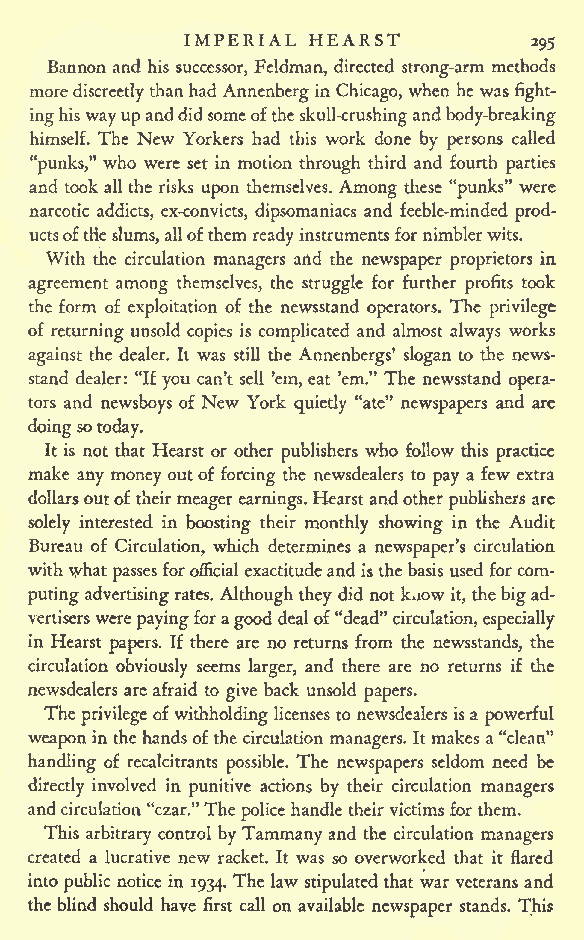
IMPERIAL HEARST
 295
 Bannon and his successor, Feldman, directed strong-arm methods
 more discreetlythanhad Annenbergin Chicago, when he was fight-
 inghiswayupanddidsomeoftheskull-crushingand
 body-breaking
 himself. The New Yorkers had this work done by persons called
 "punks," who were set in motion through third and fourth parties
 and took all the risks upon themselves. Among these "punks" were
 narcotic addicts, ex-convicts, dipsomaniacs and feeble-minded prod-
 uctsoftrieslums,allofthem readyinstrumentsfornimblerwits.
 With the circulation managers and the newspaper proprietors in
 agreement among themselves, the struggle for further profits took
 the form of exploitation of the newsstand operators. The privilege
 of returning unsold copies is complicated and almost always works
 against the dealer. It was still the Annenbergs' slogan to the news-
 stand dealer: "If you can't sell 'em, eat 'em." The newsstand opera-
 tors and newsboys of New York quietly "ate" newspapers and arc
 doingsotoday.
 It is not that Hearst or other publishers who follow this practice
 make any money outof forcing the newsdealers to pay a few extra
 dollarsoutoftheirmeagerearnings.Hearstandotherpublishers are
 solely interested in boosting their monthly showing in the Audit
 Bureau of Circulation, which determines a newspaper's circulation
 withwhat passesforofficialexactitudeandisthebasisused forcom-
 putingadvertisingrates. Althoughthey did notkiiow it, thebigad-
 vertiserswerepayingforagooddealof"dead"circulation,especially
 in Hearst papers. If there are no returns from the newsstands, the
 circulation obviously seems larger, and there are no returns if the
 newsdealers are afraid to give back unsold papers.
 The privilege ofwithholdinglicenses to newsdealers isa powerful
 weaponin thehands ofthe circulation managers. Itmakes a"clean"
 handling of recalcitrants possible. The newspapers seldom need be
 directly involved in punitive actions by their circulation managers
 andcirculation"czar."The police handle theirvictimsfor them.
 This arbitrary control byTammanyand the circulation managers
 created a lucrative new racket. It was so overworked that it flared
 into public notice in 1934. The law stipulated that war veterans and
 the blind should have first call on available newspaper stands. This